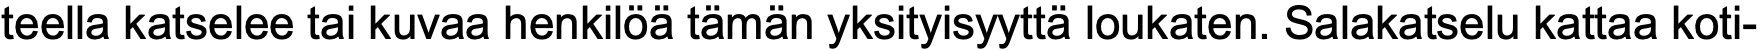
teella katselee tai kuvaa henkilöä tämän yksityisyyttä loukaten. Salakatselu kattaa koti-